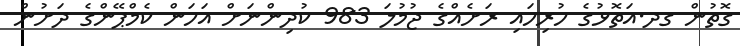
ގޮތުން ގދ.އަތޮޅުގެ ހުރިހައި ރަށެއްގެ ޖުމުލަ 983 ކުދިންނަށް އަހަން ކެމްޕޭންގެ ދަށުން